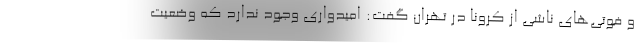
و فوتی‌های ناشی از کرونا در تهران گفت: امیدواری وجود ندارد که وضعیت